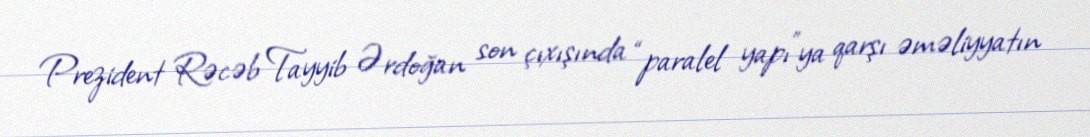
Prezident Rəcəb Tayyib Ərdoğan son çıxışında “paralel yapı”ya qarşı əməliyyatın